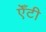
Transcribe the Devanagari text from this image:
एँटी